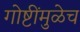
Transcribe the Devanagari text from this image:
गोष्टींमुळेच